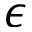
\epsilon